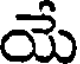
యే